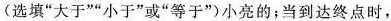
(选填”大于””小于”或”等于”)小亮的；当到达终点时，